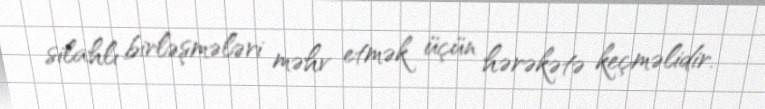
silahlı birləşmələri məhv etmək üçün hərəkətə keçməlidir.